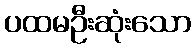
ပထမဦးဆုံးသော